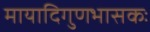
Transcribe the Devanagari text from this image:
मायादिगुणभासकः